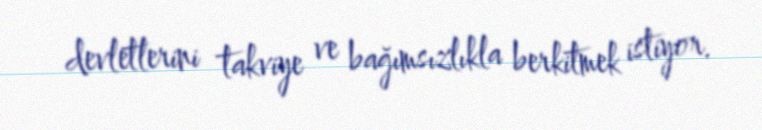
devletlerini takviye ve bağımsızlıkla berkitmek istiyor.